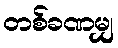
တစ်ခဏမျှ